Report on plague in the Punjab from October 1st ... to September 30th ..., being the ... season of plague in the province
Disease focus: Plague
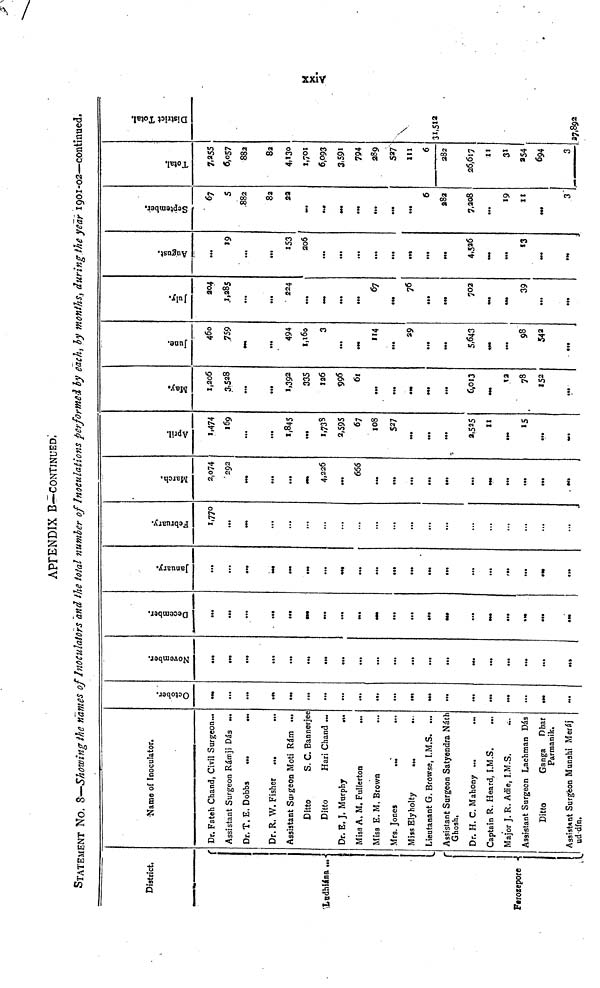
APPENDIX B—CONTINUED;
STATEMENT NO. 8—Showing the names of Inoculators and the total number of Inoculations performed by each, by months, during the year 1901-02—continued.
District.
Ludhiána
Ferozepore
Name of Inoculator.
Dr. Fateh Chand, Civil Surgeon...
Assistant Surgeon Rámji Dás .
Dr. T. E. Dobbs
Dr. R. W. Fisher ...
Assistant Surgeon Moti Rám ...
Ditto
S. C. Bannerjee
Ditto
Hari Chand .
Dr. E. J. Murphy
...
Miss A. M. Fullerton
Miss E. M, Brown
...
Mrs. Jones
...
Miss Ely holty
...
Lieutanant G. Browse, I.M.S. ...
Assistant Surgeon Satvendra Náth
Ghosh,
Dr. H. C. Mahony ...
Captain R. Heard, I.M.S.
Major J. R. Adie, I.M.S.
Assistant Surgeon Lachman Dás
Ditto
Ganga Dhar
Parmanik.
Assistant Surgeon Munshi Meráj
ud din.
October.
...
...
• ••
...
...
...
...
..
...
...
...
...
...
...
...
...
November.
...
...
...
...
...
...
...
...
...
...
...
...
...
...
...
...
...
December.
...
...
...
...
...
...
...
...
...
...
...
...
...
January.
...
...
...
••
...
...
...
• ••
...
...
...
...
,..
...
...
February.
1,770
...
...
...
...
...
...
...
...
...
...
...
...
...
...
...
...
...
March.
2,074
292
...
...
4,226
...
656
••
...
...
...
...
••
...
...
...
April.
1,474
169
...
...
1,845
...
1,738
2,595
67
108
527
...
...
...
2,525
11
...
15
...
May.
1,206
3,528
...
...
1,392
335
126
996
67
...
...
...
6,013
12
78
152
..
June.
460
759
...
494
1,160
3
...
114
...
29
...
5,643
...
98
542
...
July.
204
1,285
...
...
224
...
...
...
67
...
76
...
...
702
39
...
...
August.
...
19
...
...
153
206
...
...
...
...
...
.
...
4,526
••
••
13
September.
67
5
882
82
22
...
...
...
6
282
7,208
...
19
11
3
Total.
7.255
6,057
882
82
4,130
1,701
6,093
3,591
794
289
527
111
6
282
26,617
11
31
254
694
3
District Total.
31,512
27,892
xxiv